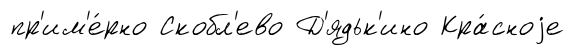
пр'им'е́рно Скобл'ево Д'ядьк'ино Кра́сноjе